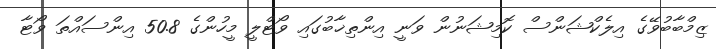
ޒިމްބާބުވޭގެ އިލެކްޝަންސް ކޮމިޝަނުން ވަނީ އިންތިޚާބުގައި ވޯޓްލީ މީހުންގެ 50.8 އިންސައްތަ ވޯޓާ